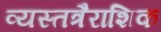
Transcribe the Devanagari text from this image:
व्यस्तत्रैराशिक